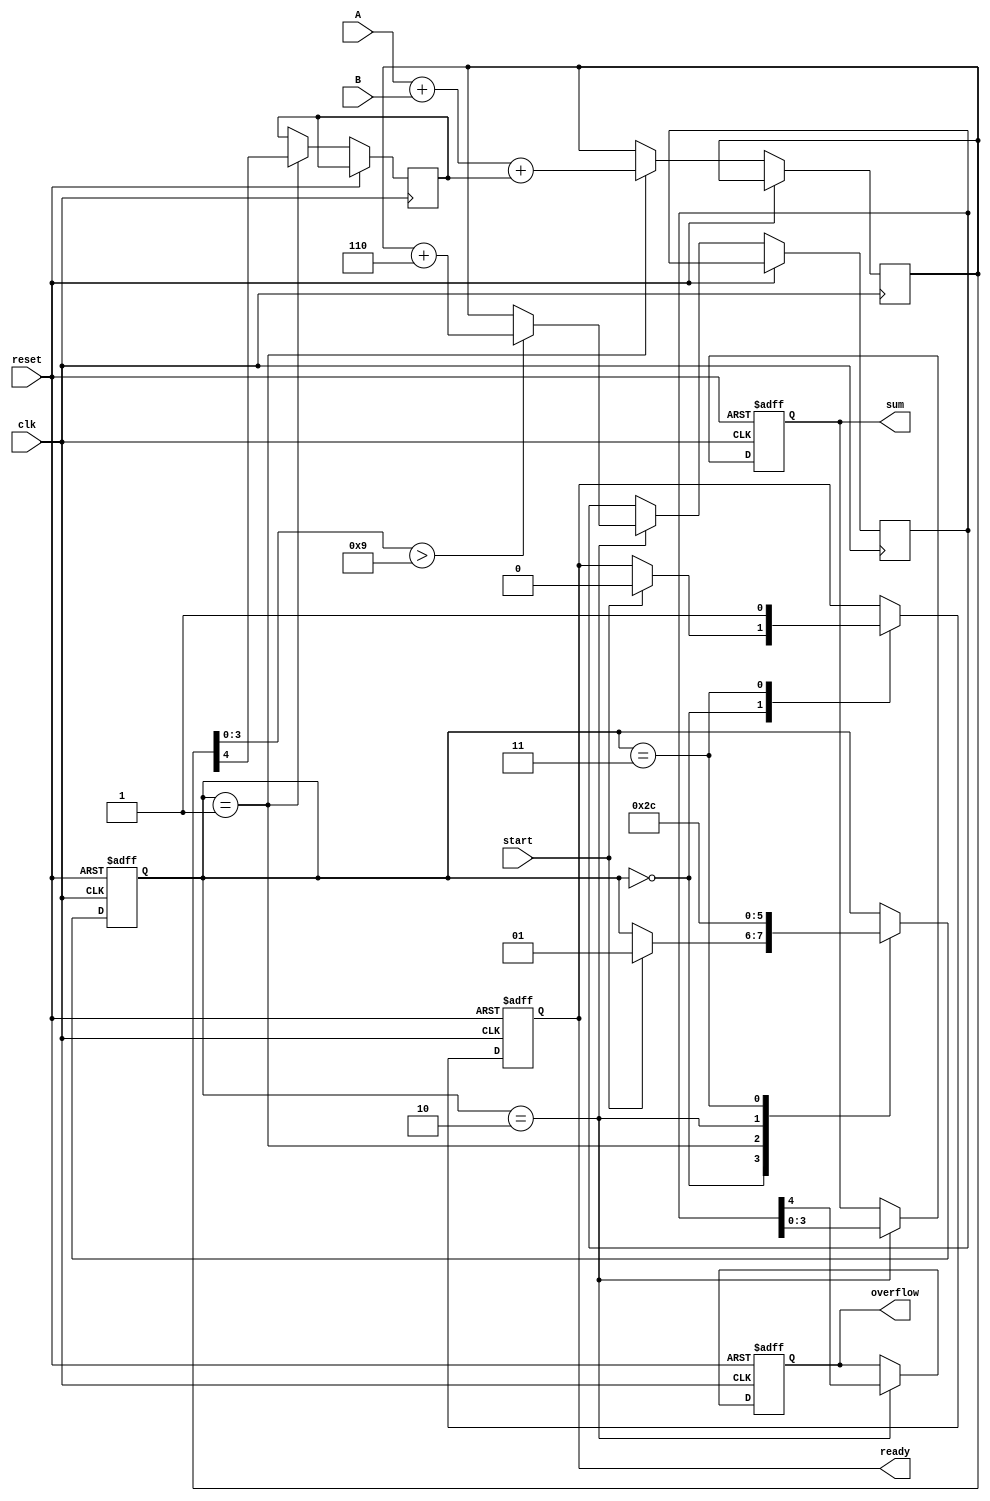
module BCD_Pipelined_Adder (
    input wire clk,
    input wire reset,
    input wire start,
    input wire [3:0] A, // BCD digit A
    input wire [3:0] B, // BCD digit B
    output reg [3:0] sum, // Resultant BCD digit
    output reg overflow, // Overflow indicator
    output reg ready // Indicates when the result is ready
);

    // Internal signals
    reg [4:0] stage1_sum; // 5-bit sum for initial addition
    reg [4:0] stage2_sum; // 5-bit sum for BCD correction
    reg carry; // Carry from stage to stage
    reg [1:0] state; // State for pipelining

    // State encoding
    localparam IDLE = 2'b00;
    localparam STAGE1 = 2'b01;
    localparam STAGE2 = 2'b10;
    localparam DONE = 2'b11;

    // Sequential logic for state machine
    always @(posedge clk or posedge reset) begin
        if (reset) begin
            state <= IDLE;
            sum <= 4'b0000;
            overflow <= 1'b0;
            ready <= 1'b0;
        end else begin
            case (state)
                IDLE: begin
                    if (start) begin
                        state <= STAGE1;
                        ready <= 1'b0;
                    end
                end

                STAGE1: begin
                    // Stage 1: Initial Addition
                    stage1_sum <= A + B + carry; // 5-bit sum
                    carry <= stage1_sum[4]; // Capture carry
                    state <= STAGE2;
                end

                STAGE2: begin
                    // Stage 2: BCD Correction
                    if (stage1_sum[3:0] > 4'b1001) begin
                        stage2_sum <= stage1_sum + 5'b00110; // Add 6 for correction
                    end else begin
                        stage2_sum <= stage1_sum; // No correction needed
                    end

                    // Prepare output
                    sum <= stage2_sum[3:0]; // 4-bit BCD result
                    overflow <= stage2_sum[4]; // Overflow if carry out
                    state <= DONE;
                end

                DONE: begin
                    ready <= 1'b1; // Indicate result is ready
                    state <= IDLE; // Go back to idle
                end
            endcase
        end
    end
endmodule